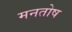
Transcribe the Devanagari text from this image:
मनतोष